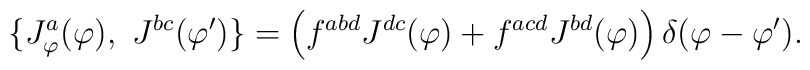
\{J^a_\varphi(\varphi ),~J^{bc}(\varphi^\prime)\} =\left(f^{abd}J^{dc}(\varphi) +f^{acd}J^{bd}(\varphi)\right) \delta (\varphi -\varphi ').